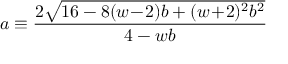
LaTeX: a \equiv \frac { 2 \sqrt { 1 6 - 8 ( w \! - \! 2 ) b + ( w \! + \! 2 ) ^ { 2 } b ^ { 2 } } } { 4 - w b }